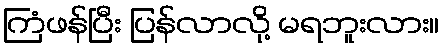
ကြံဖန်ပြီး ပြန်လာလို့ မရဘူးလား။